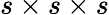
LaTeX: s\times s\times s